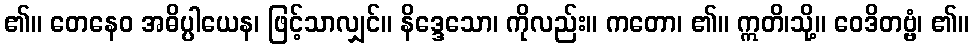
၏။ တေနေဝ အဓိပ္ပါယေန၊ ဖြင့်သာလျှင်။ နိဒ္ဒေသော၊ ကိုလည်း။ ကတော၊ ၏။ ဣတိ၊သို့။ ဝေဒိတဗ္ဗံ၊ ၏။